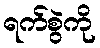
ရက်စွဲကို